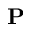
\mathbf { P }